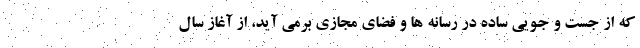
که از جست و جویی ساده در رسانه ها و فضای مجازی برمی آید، از آغاز سال